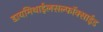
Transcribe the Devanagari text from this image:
डायमिथाईलसल्फॉक्साईड